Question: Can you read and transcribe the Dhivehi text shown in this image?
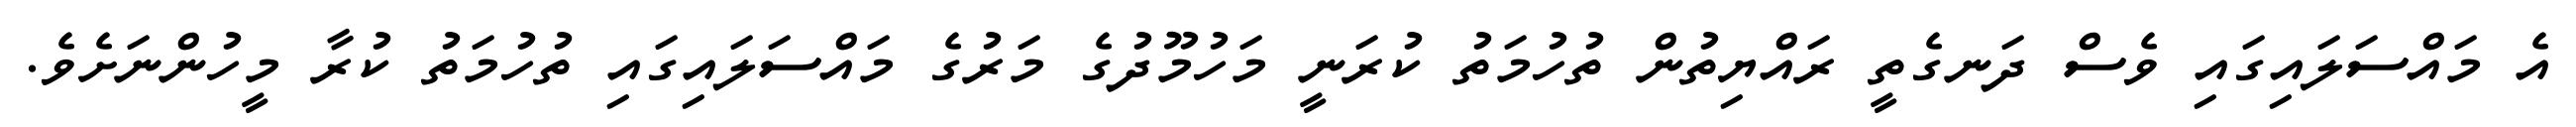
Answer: އެ މައްސަލައިގައި ވެސް ދަނގެތީ ރައްޔިތުން ތުހުމަތު ކުރަނީ މަހުމޫދުގެ މަރުގެ މައްސަލައިގައި ތުހުމަތު ކުރާ މީހުންނަށެވެ.